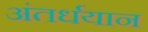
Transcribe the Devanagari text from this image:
अंतर्धयान